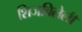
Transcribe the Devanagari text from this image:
शिजविलेली